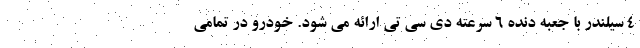
4 سیلندر با جعبه دنده 6 سرعته دی سی تی ارائه می شود. خودرو در تمامی